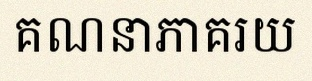
គណនាភាគរយ